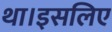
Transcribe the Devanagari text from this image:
था।इसलिए